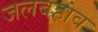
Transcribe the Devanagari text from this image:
जलबहाव